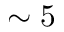
\sim 5